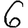
Digit: 6